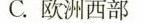
C.欧洲西部